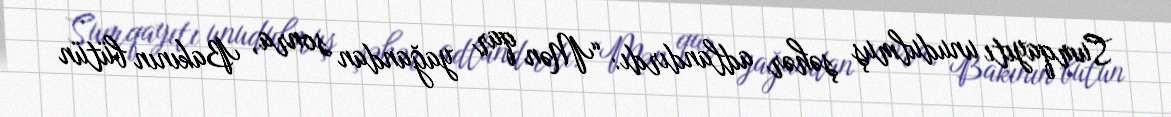
Sumqayıtı unudulmuş şəhər adlandırdı: “Mən qar yağandan sonra, Bakının bütün